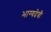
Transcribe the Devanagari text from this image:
भाग्यदेवी